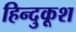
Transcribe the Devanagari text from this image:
हिन्दुकूश